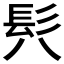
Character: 𩫵